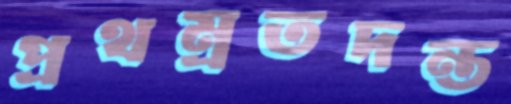
প্রথম্রতদন্ত